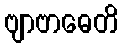
ဗျာဗာဓေတိ